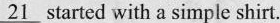
\underline{21} started with a simple shirt.